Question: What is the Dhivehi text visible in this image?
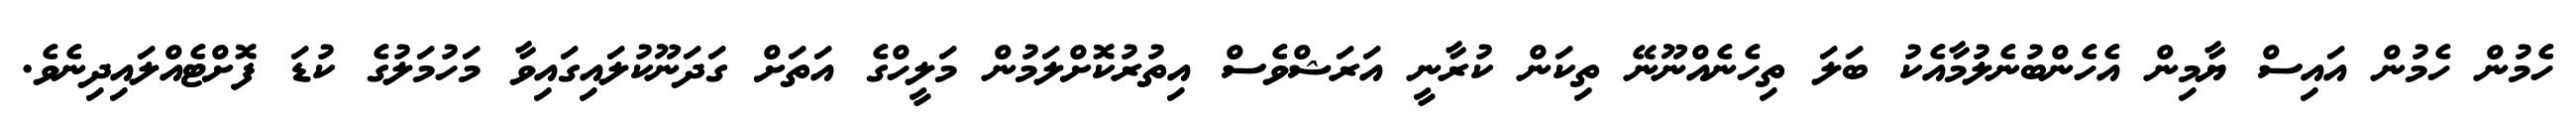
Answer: ހެމުން ހެމުން އައިސް ޔާމިން އެހެންބުނެލުމާއެކު ބަލަ ތިހެނެއްނޫނޭ ތިކަން ކުރާނީ އަރަޝްވެސް އިތުރުކޮށްލަމުން މަލީހްގެ އަތަށް ގަދަނޫކުލައިގައިވާ މަހުމަލުގެ ކުޑަ ފޮށްޓެއްލައިދިނެވެ.